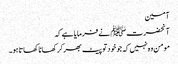
آمین
آنحضرت ﷺ نے فرمایا ہے کہ
مومن وہ نہیں کہ جو خودتو پیٹ بھرکر کھانا کھاتا ہو۔